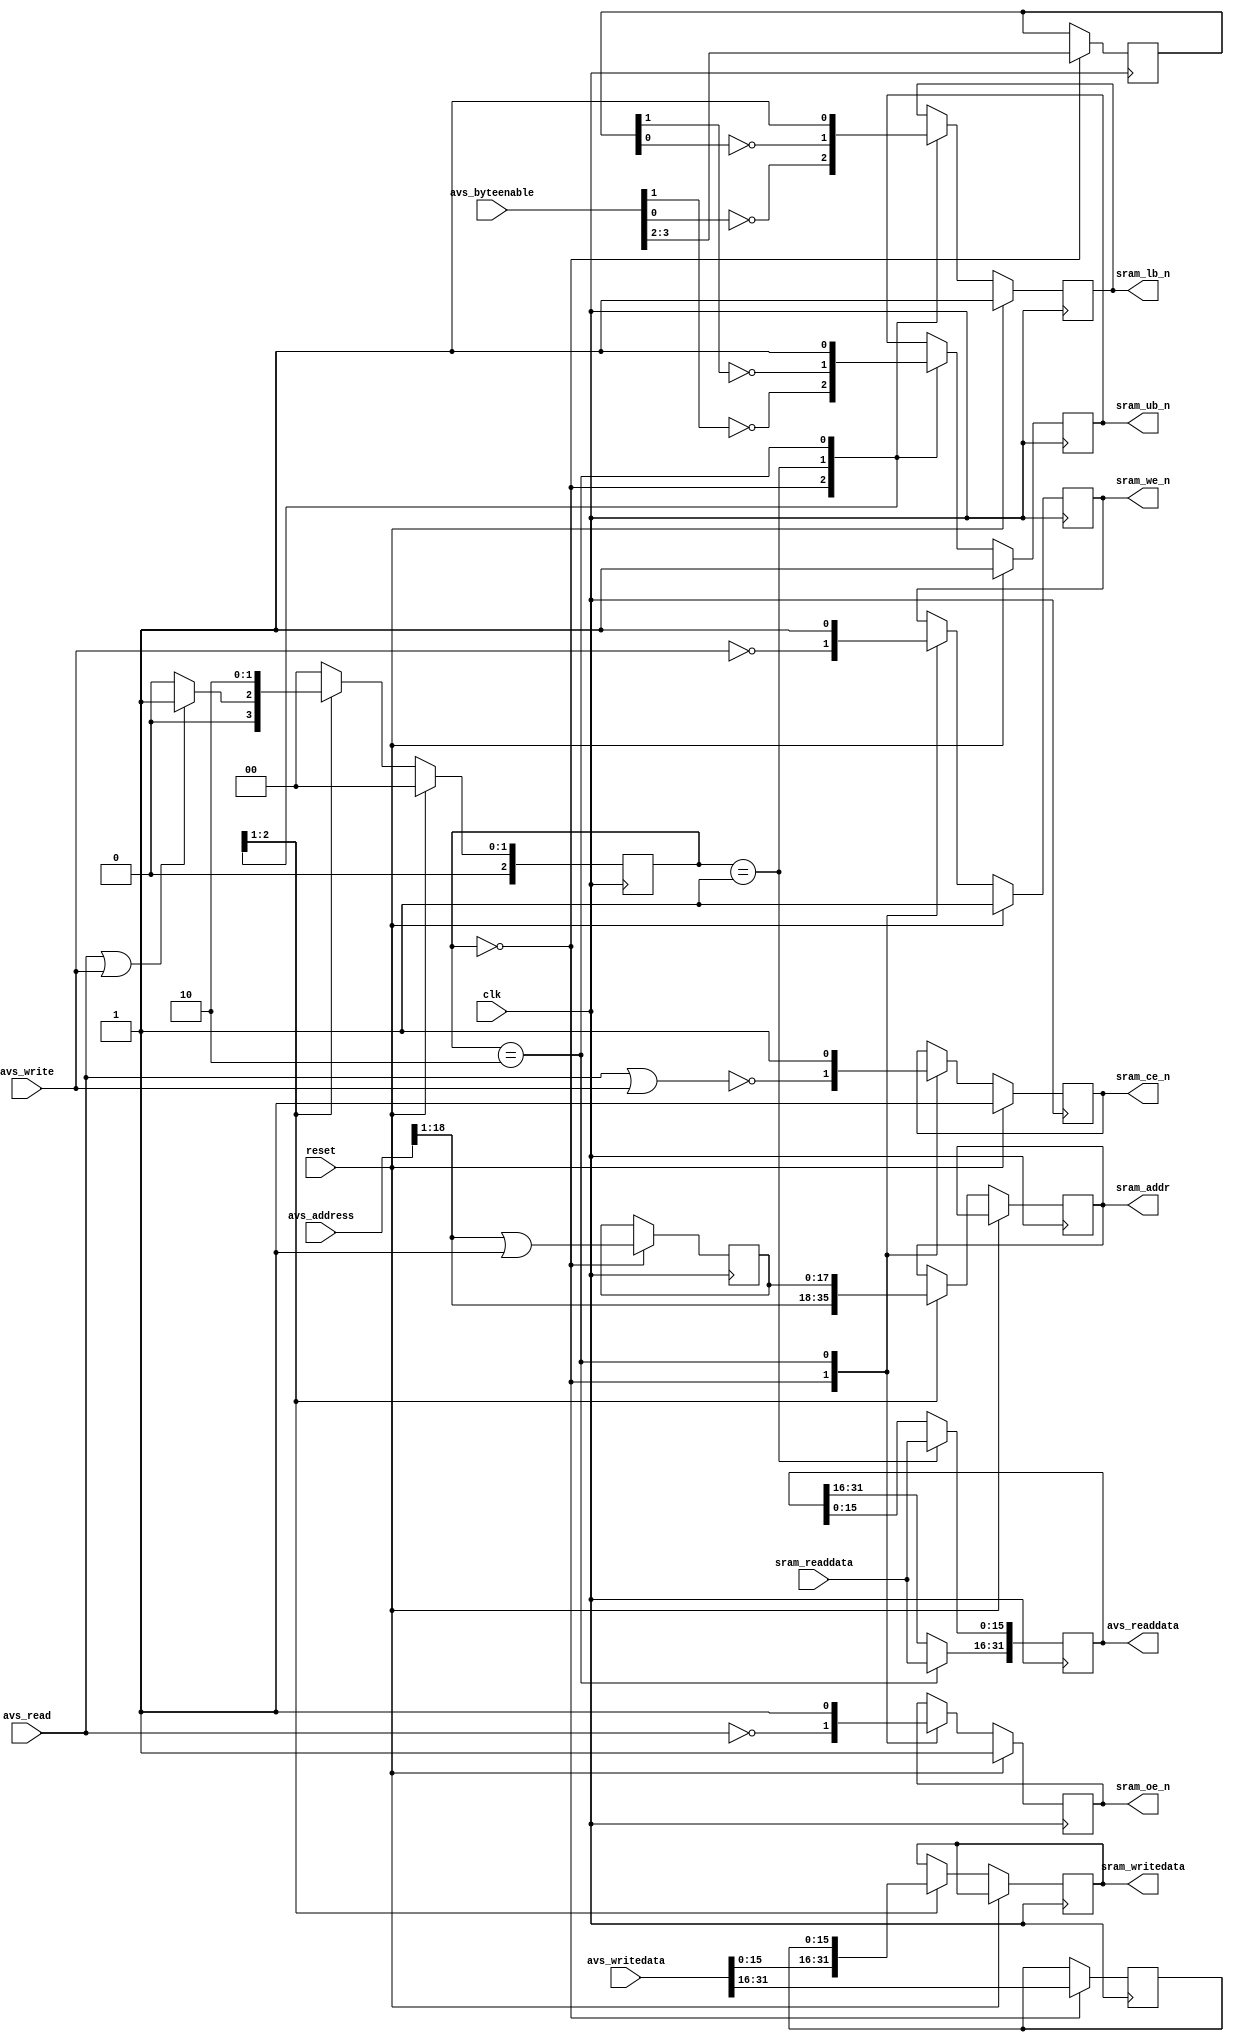
///////////////////////////////////////////////////////////////////////////////
//
// Copyright 2020 by Heqing Huang (feipenghhq@gamil.com)
//
// Project Name: N/A
// Module Name: avs_sram_controller
//
//
// ================== Revision 2.0 ==================
//
//  Revision 2.0 - 10/10/2020:
//
//  This version support 32 bit data width. It has register at both input and output
//  to improve timing but introducing 1 extra latency.
//
//  Max clock speed supported 50Mhz (limited by the SRAM)
//
//  **** Important ****
//
//  1. The avs_address input should be a byte address, not a word address.
//     So when you create a QSYS component of this IP, the address unit should be "SYMBOL"
//     And the bit per symbol is 8.
//     This is very important for this IP to work
//
//  2. Latency:
//      Read  latency: 3
//      Write latency: 3
//
//
//  ================== Revision 1.0 ==================
//
//  Revision 1.0 - 10/07/2020:
//  Avalon Memory Mapped SRAM Controller for Altere DE2 Board
//  The SRAM used in Altera DE2 Board is IS61LV25616
//
//  Regarding the Avalon MM Interface
//  1. The address width and data width for Avalon MM interface are
//  fixed to 18 and 16 respectively which matches with the SRAM.
//  2. No wait state support.
//
//  Regarding the SRAM
//  1. The maximum clock speed supported is 50Mhz which is limited by the SRAM
//  2. The actual data signals of the SRAM are bidirectional, which should be
//     handled at the top level.
//  3. The read and writa operation are asynchronous.
//
///////////////////////////////////////////////////////////////////////////////

module avmm_sram_controller
(
    // clk and reset
    input                   clk,
    input                   reset,

    // Avalon MM slave interface
    input      [18:0]       avs_address,    // Support 512KByte Address Range,  byte address
    input      [3:0]        avs_byteenable,
    input                   avs_read,
    input                   avs_write,
    input      [31:0]       avs_writedata,
    output reg [31:0]       avs_readdata,

    // SRAM interface
    output reg [17:0]       sram_addr,
    output reg [15:0]       sram_writedata,
    output reg              sram_ce_n,
    output reg              sram_oe_n,
    output reg              sram_we_n,
    output reg              sram_ub_n,
    output reg              sram_lb_n,
    input  [15:0]           sram_readdata
);

    // ******************************
    // State Machine
    // ******************************

    localparam S_IDLE       = 0;    // Idle state
    localparam S_DW0        = 1;    // Captured the input request, send out DW0 request to SRAM
    localparam S_DW1        = 2;    // Captured DW0, send out DW1 request to SRAM

    reg [2:0]               state;

    // state machine
    always @(posedge clk)
    begin
        if (reset) begin
            state <= S_IDLE;
        end
        else begin
            case(state)
                S_IDLE:     state <= (avs_read || avs_write) ? S_DW0 : S_IDLE;
                S_DW0:      state <= S_DW1;
                S_DW1:      state <= S_IDLE;
                default:    state <= S_IDLE;
            endcase
        end
    end

    // ******************************
    // Avalon MM slave interface
    // ******************************

    reg [17:0]              avs_address_dw1;
    reg [1:0]               avs_byteenable_dw1;
    reg [15:0]              avs_writedata_dw1;

    always @(posedge clk)
    begin
        case(state)
            S_IDLE:begin // Idle state, capture the input
                avs_writedata_dw1   <= avs_writedata[31:16];
                avs_byteenable_dw1  <= avs_byteenable[3:2];
                // the SRAM is arranged as 256K x 16b so the LSb from avs_address is not used
                avs_address_dw1     <= avs_address[18:1] | 17'h1;
            end
            S_DW0:begin // DW1 is availabe at the end of S_CAPTURE state
                avs_readdata[15:0]  <= sram_readdata;
            end
            S_DW1:begin // DW1 is availabe at the end of S_CAPTURE state
                avs_readdata[31:16] <= sram_readdata;
            end
        endcase
    end


    // ******************************
    // SRAM interface
    // ******************************
    always @(posedge clk)
    begin
        if (reset) begin
            sram_ce_n <= 1'b1;
            sram_oe_n <= 1'b1;
            sram_we_n <= 1'b1;
            sram_ub_n <= 1'b1;
            sram_lb_n <= 1'b1;
        end
        else begin
            case(state)
                S_IDLE:begin // Idle state, capture the input
                    sram_ce_n   <= ~(avs_read | avs_write);
                    sram_oe_n   <= ~avs_read;
                    sram_we_n   <= ~avs_write;
                    sram_ub_n   <= ~avs_byteenable[1];
                    sram_lb_n   <= ~avs_byteenable[0];
                    sram_writedata  <= avs_writedata[15:0];
                    // Note: the SRAM is arranged as 256K x 16b so the LSb from avs_address is not used
                    sram_addr   <= avs_address[18:1];
                end
                S_DW0:begin
                    sram_ub_n   <= ~avs_byteenable_dw1[1];
                    sram_lb_n   <= ~avs_byteenable_dw1[0];
                    sram_addr   <= avs_address_dw1;
                    sram_writedata  <= avs_writedata_dw1;
                end
                S_DW1:begin
                    sram_ce_n <= 1'b1;
                    sram_oe_n <= 1'b1;
                    sram_we_n <= 1'b1;
                    sram_ub_n <= 1'b1;
                    sram_lb_n <= 1'b1;
                end
            endcase
        end
    end

endmodule